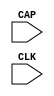
module CAPTURE_VIRTEX4 (CAP, CLK);

    input  CAP, CLK;

    parameter ONESHOT = "TRUE";
    
endmodule